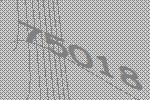
75018